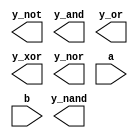
`timescale 1ns / 1ps
//////////////////////////////////////////////////////////////////////////////////
// Company: 
// Engineer: 
// 
// Design Name: 
// Module Name: basic_gates
// Project Name: 
// Target Devices: 
// Tool Versions: 
// Description: 
// 
// Dependencies: 
// 
// Revision:
// Revision 0.01 - File Created
// Additional Comments:
// 
//////////////////////////////////////////////////////////////////////////////////

//define a basic gates
module basic_gates(y_not, y_and, y_or, y_xor, y_nor, y_nand, a, b);  
    
    //I/O port declarations
    output y_not, y_and, y_or, y_xor, y_nor, y_nand;
    input a, b;
    
    //instantiate logic gate primitives
    not(y1,a);
    and(y2,a,b);
    or(y3,a,b);
    xor(y4,a,b);
    nor(y5,a,b);
    nand(y6,a,b);
 
endmodule    // denoting end of code